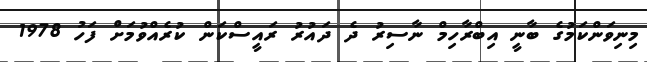
މިނިވަންކަމުގެ ބާނީ އިބްރާހިމް ނާސިރު ދެ ދައުރު ރައީސްކަން ކުރެއްވުމަށް ފަހު 1978